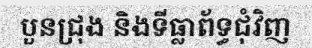
បួនជ្រុង និងទីធ្លាព័ទ្ធជុំវិញ